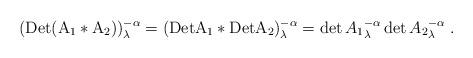
LaTeX: \begin{align*}(\mathrm{Det}( \mathrm{A}_1\ast \mathrm{A}_2))^{-\alpha}_{\lambda}=(\mathrm{Det} \mathrm{A}_1\ast \mathrm{Det}\mathrm{A}_2)^{-\alpha}_{\lambda}=\mathrm{det}\,{ A_1}_{\lambda}^{-\alpha}\,\mathrm{det}\,{ A_2}^{-\alpha}_{\lambda}\;.\end{align*}